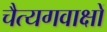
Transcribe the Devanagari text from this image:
चैत्यगवाक्षों